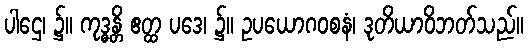
ပါဌေ၊ ၌။ ကုဒ္ဓန္တိ ဧတ္ထ ပဒေ၊ ၌။ ဥပယောဂဝစနံ၊ ဒုတိယာဝိဘတ်သည်။